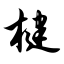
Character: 楗